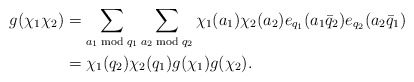
\begin{align*}g(\chi_1\chi_2)&=\sum_{a_1\bmod{q_1}}\sum_{a_2\bmod{q_2}}\chi_1(a_1)\chi_2(a_2)e_{q_1}(a_1\bar{q}_2)e_{q_2}(a_2\bar{q}_1)\\&=\chi_1(q_2)\chi_2(q_1)g(\chi_1)g(\chi_2).\end{align*}